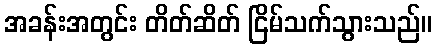
အခန်းအတွင်း တိတ်ဆိတ် ငြိမ်သက်သွားသည်။